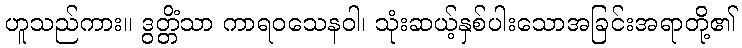
ဟူသည်ကား။ ဒွတ္တိံသာ ကာရဝသေနဝါ၊ သုံးဆယ့်နှစ်ပါးသောအခြင်းအရာတို့၏